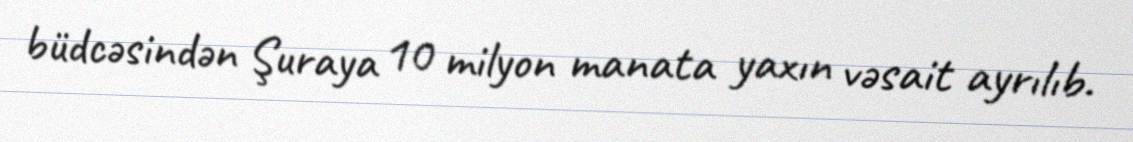
büdcəsindən Şuraya 10 milyon manata yaxın vəsait ayrılıb.